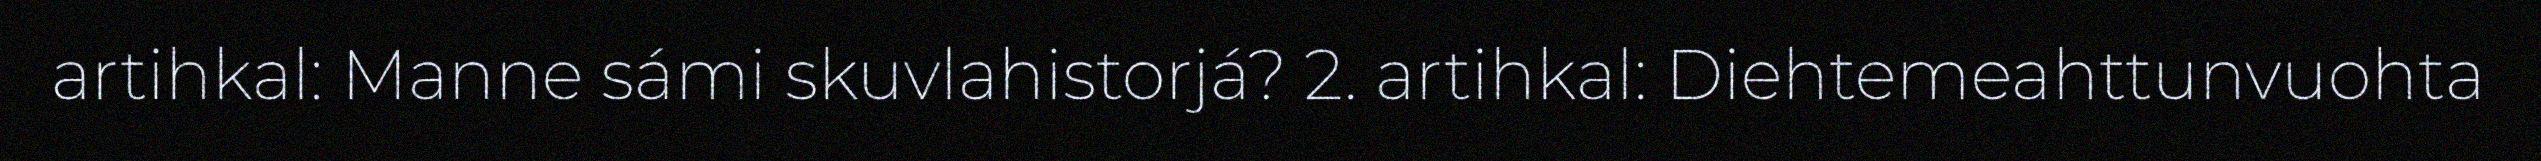
artihkal: Manne sámi skuvlahistorjá? 2. artihkal: Diehtemeahttunvuohta